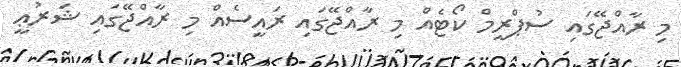
މި ރާއްޖޭގައި ސުޕްރީމް ކޯޓެއް މި ރާއްޖޭގައި ރައީސެއް މި ރާއްޖޭގައި ޝަރުޢީ